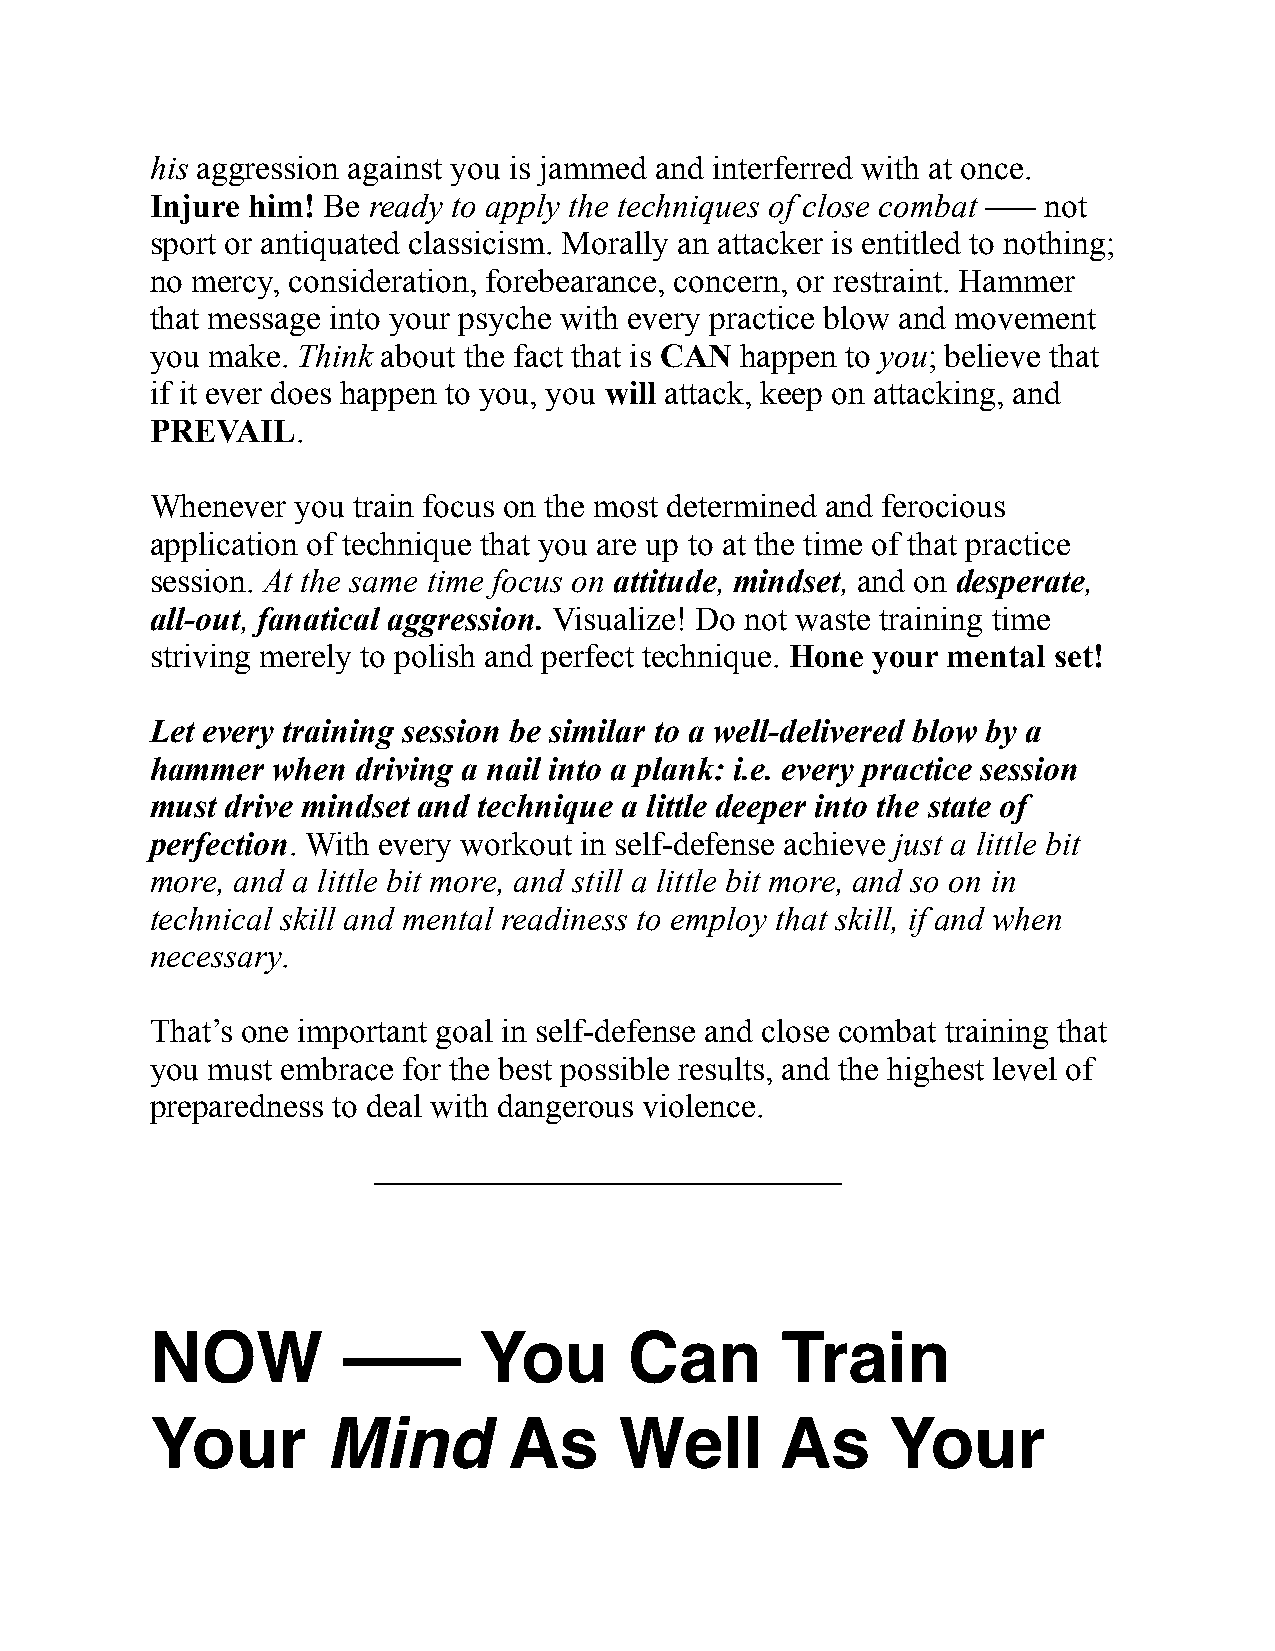
his aggression against you is jammed and interferred with at once.
 Injure him! Be ready to apply the techniques of close combat ––– not
 sport or antiquated classicism. Morally an attacker is entitled to nothing;
 no mercy, consideration, forebearance, concern, or restraint. Hammer
 that message into your psyche with every practice blow and movement
 you make. Think about the fact that is CAN happen to you; believe that
 if it ever does happen to you, you will attack, keep on attacking, and
 PREVAIL.
 Whenever  you train focus on the most determined and ferocious
 application of technique that you are up to at the time of that practice
 session. At the same time focus on attitude, mindset, and on desperate,
 all-out, fanatical aggression. Visualize! Do not waste training time
 striving merely to polish and perfect technique. Hone your mental set!
 Let every training session be similar to a well-delivered blow by a
 hammer  when  driving a nail into a plank: i.e. every practice session
 must drive mindset and technique a little deeper into the state of
 perfection. With every workout in self-defense achieve just a little bit
 more, and a little bit more, and still a little bit more, and so on in
 technical skill and mental readiness to employ that skill, if and when
 necessary.
 That’s one important goal in self-defense and close combat training that
 you must embrace for the best possible results, and the highest level of
 preparedness to deal with dangerous violence.
 ––––––––––––––––––––––––––––
 NOW          –––      You       Can       Train
 Your        Mind        As     Well       As     Your